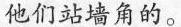
他们站墙角的。